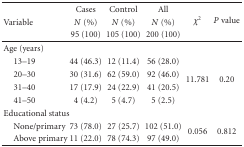
<table><thead><tr><td rowspan="2"><b>Variable</b></td><td><b>Cases <i>N</i> (%)</b></td><td><b>Control <i>N</i> (%)</b></td><td><b>All <i>N</i> (%)</b></td><td rowspan="2"><b><i>χ</i><sup>2</sup></b></td><td rowspan="2"><b><i>P</i> value</b></td></tr><tr><td><b>95 (100)</b></td><td><b>105 (100)</b></td><td><b>200 (100)</b></td></tr></thead><tbody><tr><td>Age (years)</td><td> </td><td> </td><td> </td><td> </td><td> </td></tr><tr><td> 13–19</td><td>44 (46.3)</td><td>12 (11.4)</td><td>56 (28.0)</td><td rowspan="4">11.781</td><td rowspan="4">0.20</td></tr><tr><td> 20–30</td><td>30 (31.6)</td><td>62 (59.0)</td><td>92 (46.0)</td></tr><tr><td> 31–40</td><td>17 (17.9)</td><td>24 (22.9)</td><td>41 (20.5)</td></tr><tr><td> 41–50</td><td>4 (4.2)</td><td>5 (4.7)</td><td>5 (2.5)</td></tr><tr><td>Educational status</td><td> </td><td> </td><td> </td><td> </td><td> </td></tr><tr><td> None/primary</td><td>73 (78.0)</td><td>27 (25.7)</td><td>102 (51.0)</td><td rowspan="2">0.056</td><td rowspan="2">0.812</td></tr><tr><td> Above primary </td><td>11 (22.0)</td><td>78 (74.3)</td><td>97 (49.0)</td></tr></tbody></table>